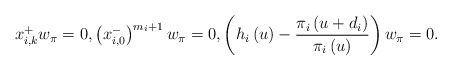
\begin{align*}x_{i,k}^{+}w_\pi=0, \left(x_{i,0}^{-}\right)^{m_i+1}w_\pi=0,\left(h_{i}\left(u\right)-\frac{\pi_i\left(u+d_i\right)}{\pi_i\left(u\right)}\right)w_\pi=0.\end{align*}